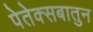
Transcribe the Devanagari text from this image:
पेतेक्सबातुन